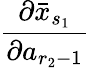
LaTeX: \frac{\partial\bar{x}_{s_{1}}}{\partial a_{r_{2}-1}}